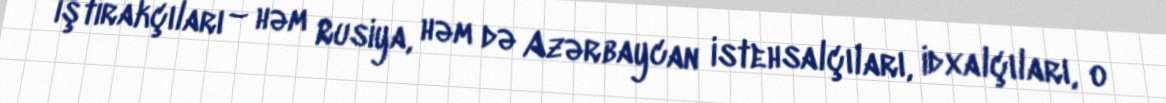
iştirakçıları – həm Rusiya, həm də Azərbaycan istehsalçıları, idxalçıları, o